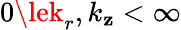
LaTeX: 0\lek_{r},k_{\mathbf{z}}<\infty